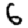
Digit: 6